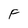
Character: F